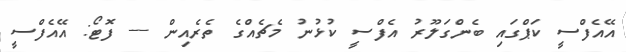
އޭއެފްސީ ކަޕްގައި ބެންގަލޫރު އެފްސީ ކުޅުނު މެޗެއްގެ ތެރެއިން --- ފޮޓޯ: އޭއެފްސީ